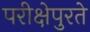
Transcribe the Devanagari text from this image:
परीक्षेपुरते